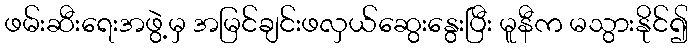
ဖမ်းဆီးရေးအဖွဲ့မှ အမြင်ချင်းဖလှယ်ဆွေးနွေးပြီး မူနီက မသွားနိုင်၍